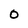
Character: O